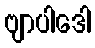
ဗျာပါဒေါ